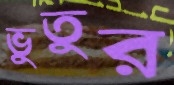
ভুতুর